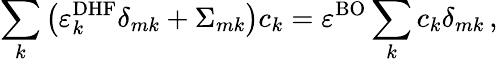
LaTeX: \sum_{k}\left(\varepsilon_{k}^{\mathrm{DHF}}\delta_{mk}+\Sigma_{mk}\right)c_{k}=\varepsilon^{\mathrm{BO}}\sum_{k}c_{k}\delta_{mk}\, ,